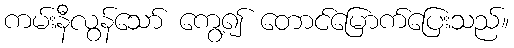
ကမ်းနီလွန်သော် ကွေ့၍ တောင်မြောက်ပြေးသည်။